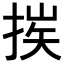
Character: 𢮶